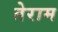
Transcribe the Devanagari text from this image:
तेराम